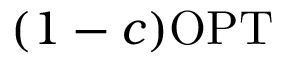
( 1 - c ) \mathrm { O P T }